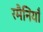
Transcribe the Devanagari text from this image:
रमैनियाँ